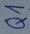
Text: Q1